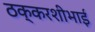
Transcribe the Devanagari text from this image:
ठक्करशीभाई